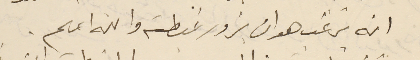
انه يرغب هو ان يزور غبطته والله اعلم.